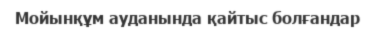
Мойынқұм ауданында қайтыс болғандар